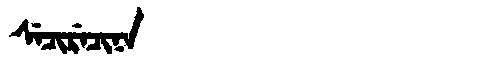
Manchu: ᠰᡝᠴᡳᡵᡝᠴᡳᠨᠠ
Romanization: SECIRECINA